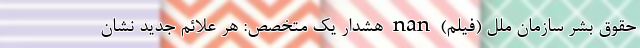
حقوق بشر سازمان ملل (فیلم) nan هشدار یک متخصص: هر علائم جدید نشان